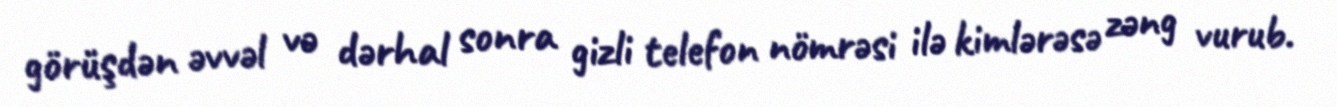
görüşdən əvvəl və dərhal sonra gizli telefon nömrəsi ilə kimlərəsə zəng vurub.